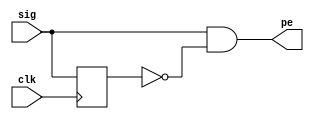
/*
(* noprune *) wire sig;

pos_edge_det 
pos_edge_det_UNIT
( 
	 .sig		(sample_rdy),
	 .clk		(clock),
	 .pe		(sample)
);
*/

module pos_edge_det ( 
	input sig,
	input clk,
	output pe
);
 
  reg   sig_dly;
 
  always @ (posedge clk) begin
    sig_dly <= sig;
  end
 
  assign pe = sig & ~sig_dly;
  
endmodule